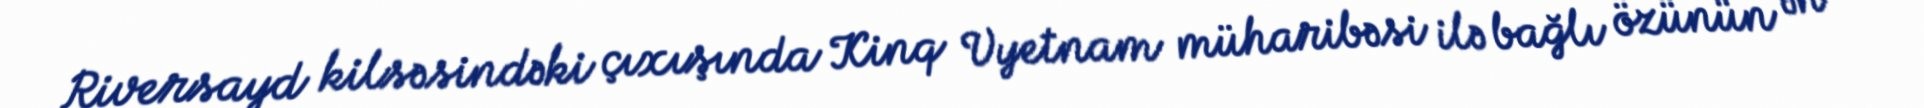
Riversayd kilsəsindəki çıxışında Kinq Vyetnam müharibəsi ilə bağlı özünün ən